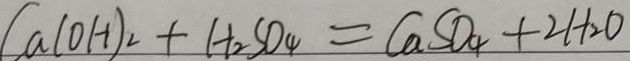
C a ( O H ) _ { 2 } + H _ { 2 } S O _ { 4 } = C a S O _ { 4 } + 2 H _ { 2 } O